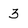
Character: 3